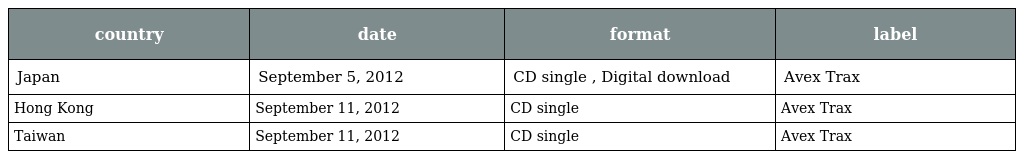
| country | date | format | label |
 | --- | --- | --- | --- |
 | Japan | September 5, 2012 | CD single , Digital download | Avex Trax |
 | Hong Kong | September 11, 2012 | CD single | Avex Trax |
 | Taiwan | September 11, 2012 | CD single | Avex Trax |